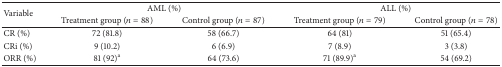
<table><thead><tr><td rowspan="2"><b>Variable</b></td><td colspan="2"><b>AML (%)</b></td><td colspan="2"><b>ALL (%)</b></td></tr><tr><td><b>Treatment group (<i>n</i> = 88)</b></td><td><b>Control group (<i>n</i> = 87)</b></td><td><b>Treatment group (<i>n</i> = 79)</b></td><td><b>Control group (<i>n</i> = 78)</b></td></tr></thead><tbody><tr><td>CR (%)</td><td>72 (81.8)</td><td>58 (66.7)</td><td>64 (81)</td><td>51 (65.4)</td></tr><tr><td>CRi (%)</td><td>9 (10.2)</td><td>6 (6.9)</td><td>7 (8.9)</td><td>3 (3.8)</td></tr><tr><td>ORR (%)</td><td>81 (92)<sup>a</sup></td><td>64 (73.6)</td><td>71 (89.9)<sup>a</sup></td><td>54 (69.2)</td></tr></tbody></table>